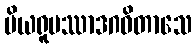
ပိယရူပဿာဒဂဓိတာသေ